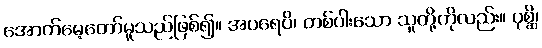
အောက်မေ့တော်မူသည်ဖြစ်၍။ အပရေပိ၊ တစ်ပါးသော သူတို့ကိုလည်း။ ပုစ္ဆိ၊